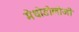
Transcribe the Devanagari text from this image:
मेथोडोलोजी